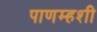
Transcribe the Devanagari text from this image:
पाणम्हशी